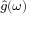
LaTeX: \scriptstyle { \hat { g } } ( \omega )